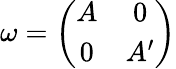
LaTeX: \omega=\left(\begin{array}{cc}{{A}}&{{0}}\\ {{0}}&{{A^{\prime}}}\end{array}\right)